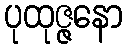
ပုထုဇ္ဇနော